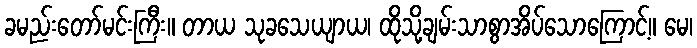
ခမည်းတော်မင်းကြီး။ တာယ သုခသေယျာယ၊ ထိုသို့ချမ်းသာစွာအိပ်သောကြောင့်။ မေ၊